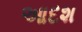
આદશ